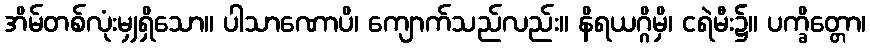
အိမ်တစ်လုံးမျှရှိသော။ ပါသာဏောပိ၊ ကျောက်သည်လည်း။ နိရယဂ္ဂိမှိ၊ ငရဲမီး၌။ ပက္ခိတ္တော၊